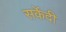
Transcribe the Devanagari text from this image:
सर्केदी